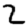
Digit: 2